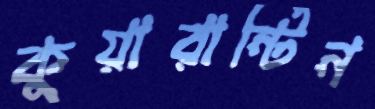
কুয়ারান্টিন